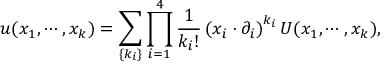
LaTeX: u ( x _ { 1 } , \cdots , x _ { k } ) = \sum _ { \{ k _ { i } \} } \prod _ { i = 1 } ^ { 4 } \frac { 1 } { k _ { i } ! } \left( x _ { i } \cdot \partial _ { i } \right) ^ { k _ { i } } U ( x _ { 1 } , \cdots , x _ { k } ) ,